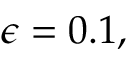
\epsilon = 0 . 1 ,